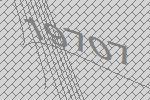
19707